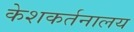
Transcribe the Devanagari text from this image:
केशकर्तनालय